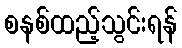
စနစ်ထည့်သွင်းရန်